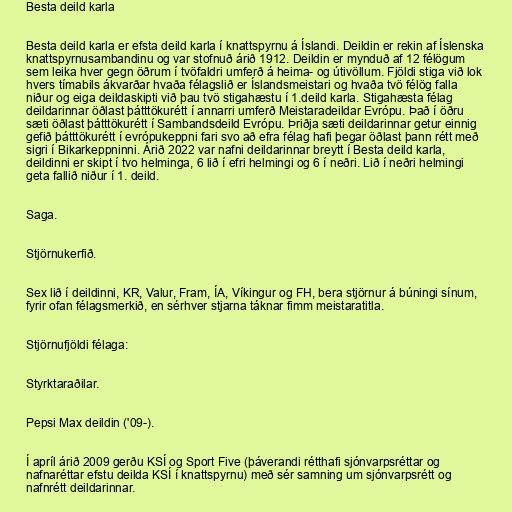
Besta deild karla

Besta deild karla er efsta deild karla í knattspyrnu á Íslandi. Deildin er rekin af Íslenska
knattspyrnusambandinu og var stofnuð árið 1912. Deildin er mynduð af 12 félögum
sem leika hver gegn öðrum í tvöfaldri umferð á heima- og útivöllum. Fjöldi stiga við lok
hvers tímabils ákvarðar hvaða félagslið er Íslandsmeistari og hvaða tvö félög falla
niður og eiga deildaskipti við þau tvö stigahæstu í 1.deild karla. Stigahæsta félag
deildarinnar öðlast þátttökurétt í annarri umferð Meistaradeildar Evrópu. Það í öðru
sæti öðlast þátttökurétt í Sambandsdeild Evrópu. Þriðja sæti deildarinnar getur einnig
gefið þátttökurétt í evrópukeppni fari svo að efra félag hafi þegar öðlast þann rétt með
sigri í Bikarkeppninni. Árið 2022 var nafni deildarinnar breytt í Besta deild karla,
deildinni er skipt í tvo helminga, 6 lið í efri helmingi og 6 í neðri. Lið í neðri helmingi
geta fallið niður í 1. deild.

Saga.

Stjörnukerfið.

Sex lið í deildinni, KR, Valur, Fram, ÍA, Víkingur og FH, bera stjörnur á búningi sínum,
fyrir ofan félagsmerkið, en sérhver stjarna táknar fimm meistaratitla.

Stjörnufjöldi félaga:

Styrktaraðilar.

Pepsi Max deildin ('09-).

Í apríl árið 2009 gerðu KSÍ og Sport Five (þáverandi rétthafi sjónvarpsréttar og
nafnaréttar efstu deilda KSÍ í knattspyrnu) með sér samning um sjónvarpsrétt og
nafnrétt deildarinnar.